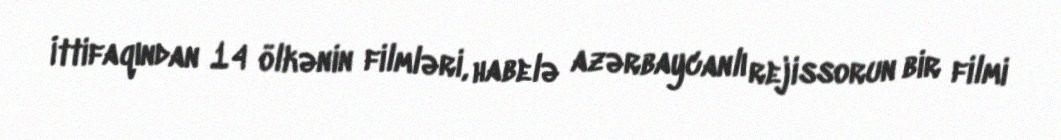
İttifaqından 14 ölkənin filmləri, habelə azərbaycanlı rejissorun bir filmi